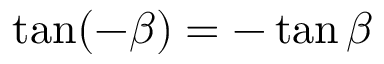
\tan ( - \beta ) = - \tan \beta